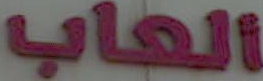
العاب